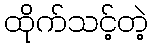
ထိုက်သင့်တဲ့